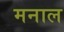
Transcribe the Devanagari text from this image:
मनाल